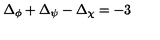
\Delta _ { \phi } + \Delta _ { \psi } - \Delta _ { \chi } = - 3